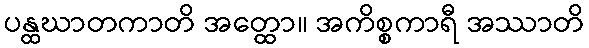
ပန္ထဃာတကာတိ အတ္ထော။ အကိစ္စကာရီ အဿာတိ